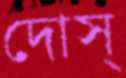
দোস্